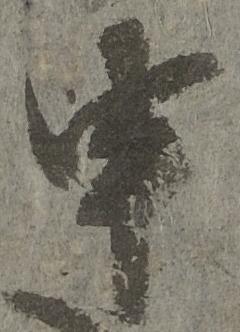
申